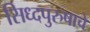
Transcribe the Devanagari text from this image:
सिध्दपुरुषाचे